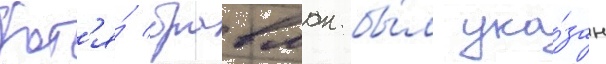
Хот'я́ бравман бы́л ука́зан